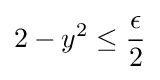
2-y^{2}\leq {\frac {\epsilon }{2}}